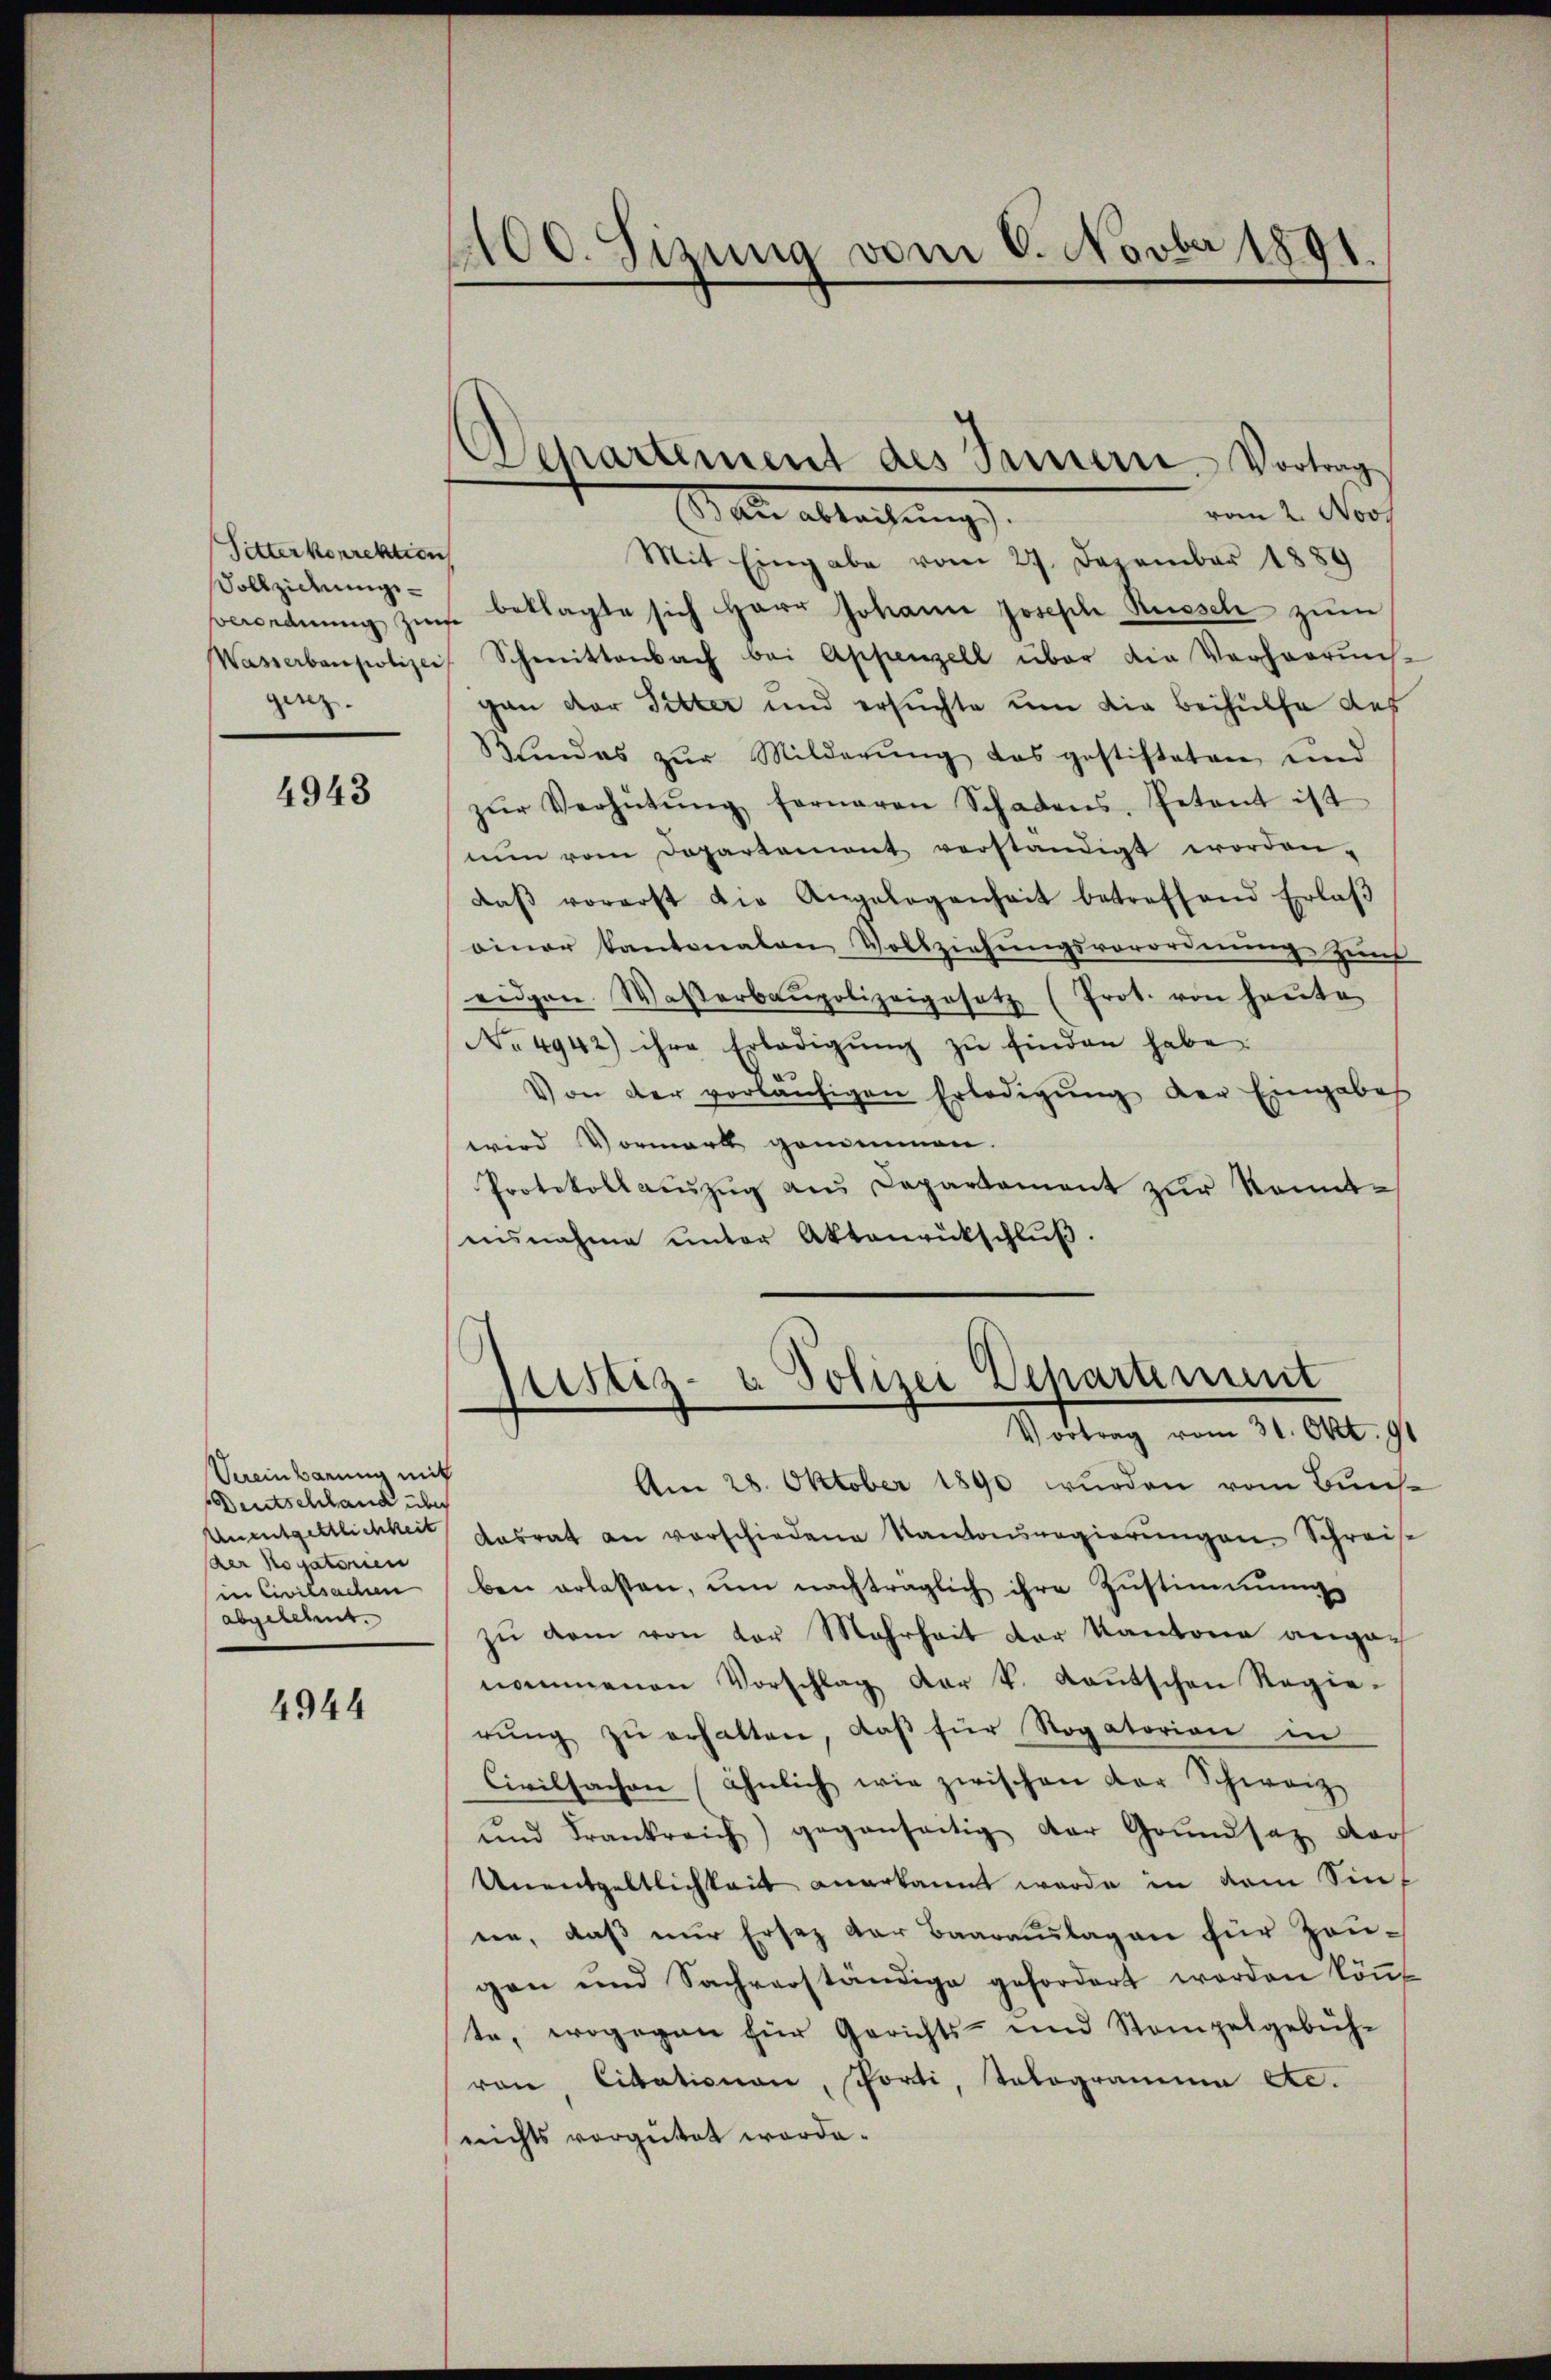
Sitter korrektion
Vollziehungsgesez

4943

Vereinbarung mit
Deutschland über
der Rogatorien
in Civilsachen
abgereins.

4944

1100. Sizung vom 6. Novber 1891.
.

vom 2. Nov.
Male alleitung
Mit Eingabe vom 27. Dezember 1889
Berordnŭng zŭr beklagte sich Herr Johann Joseph Russch zum
Wasserbaupolizei, Schmittenbach bei Appenzell über die Verharrŭns-
gan der Sitter und ersuchte um die Beihülfe des
Kindes zŭr Milderŭng das postisteten und
zŭr Verhütŭng ferneren Schadens, Petent ist
nŭn vom Departement verständigt worden.
daβ vorerst die Angelegenheit betreffend Erlaβ
einer Kantonalen Vollziehungsverordnung zur
eidgen. Wasserbaupolizeigesetz (Prot. von heŭte
No. 4942) ihre Erledigŭng zŭ finden habe.
Von der vorläufigen Erledigung der Eingabes
wird Vormark genommen.
Protokollaŭszŭg aŭs Capartament zur Kenntnisnahme unter Aktenrütschluß

Departement des Seinern, Vortrag

Justiz- & Polizei Departement
Vortrag vom 31. Okt. 91

Am 28. Oktober 1890 wurden vom Buns¬
Unentgeltlichkeit desrat an vorschiedene Kantonsregierungen Schreise
ben erlasten, um nachträglich ihre Zustimmung
zŭ dem von der Mehrheit der Kantone angenommenen Vorschlag der k. Kantschen Regie-
rŭng zŭ erhalten, daβ für Rogatorion in
Civilsachen (ähnlich wie zwischen Dor Schweiz
ŭnd Frankreich) gegenseitig der Grundsatz dar
Unentgeltlichkeit anerkannt werde in dem Sin
ten, daβ nŭr Ersatz der Baaraŭslagen für Zaŭ-
gen und Sachverständige gefordert worden kön
te, wogegen für Gerichts- und Stempelgebüh-
von Citationen, schorti, Tologramme etc.
nichts vorgetet worde.